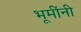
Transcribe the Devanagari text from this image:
भूमींनी